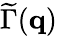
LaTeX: \widetilde\Gamma(\mathbf{q})